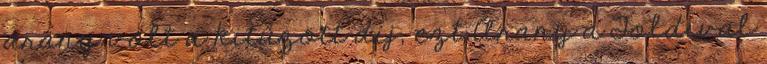
arany volt a kitűzött díj, ezt Arany a Toldival